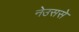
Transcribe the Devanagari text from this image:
नेउससे